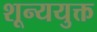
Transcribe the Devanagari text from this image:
शून्ययुक्त